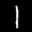
Label: 1